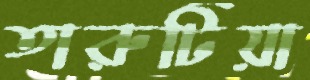
তারুটিয়া